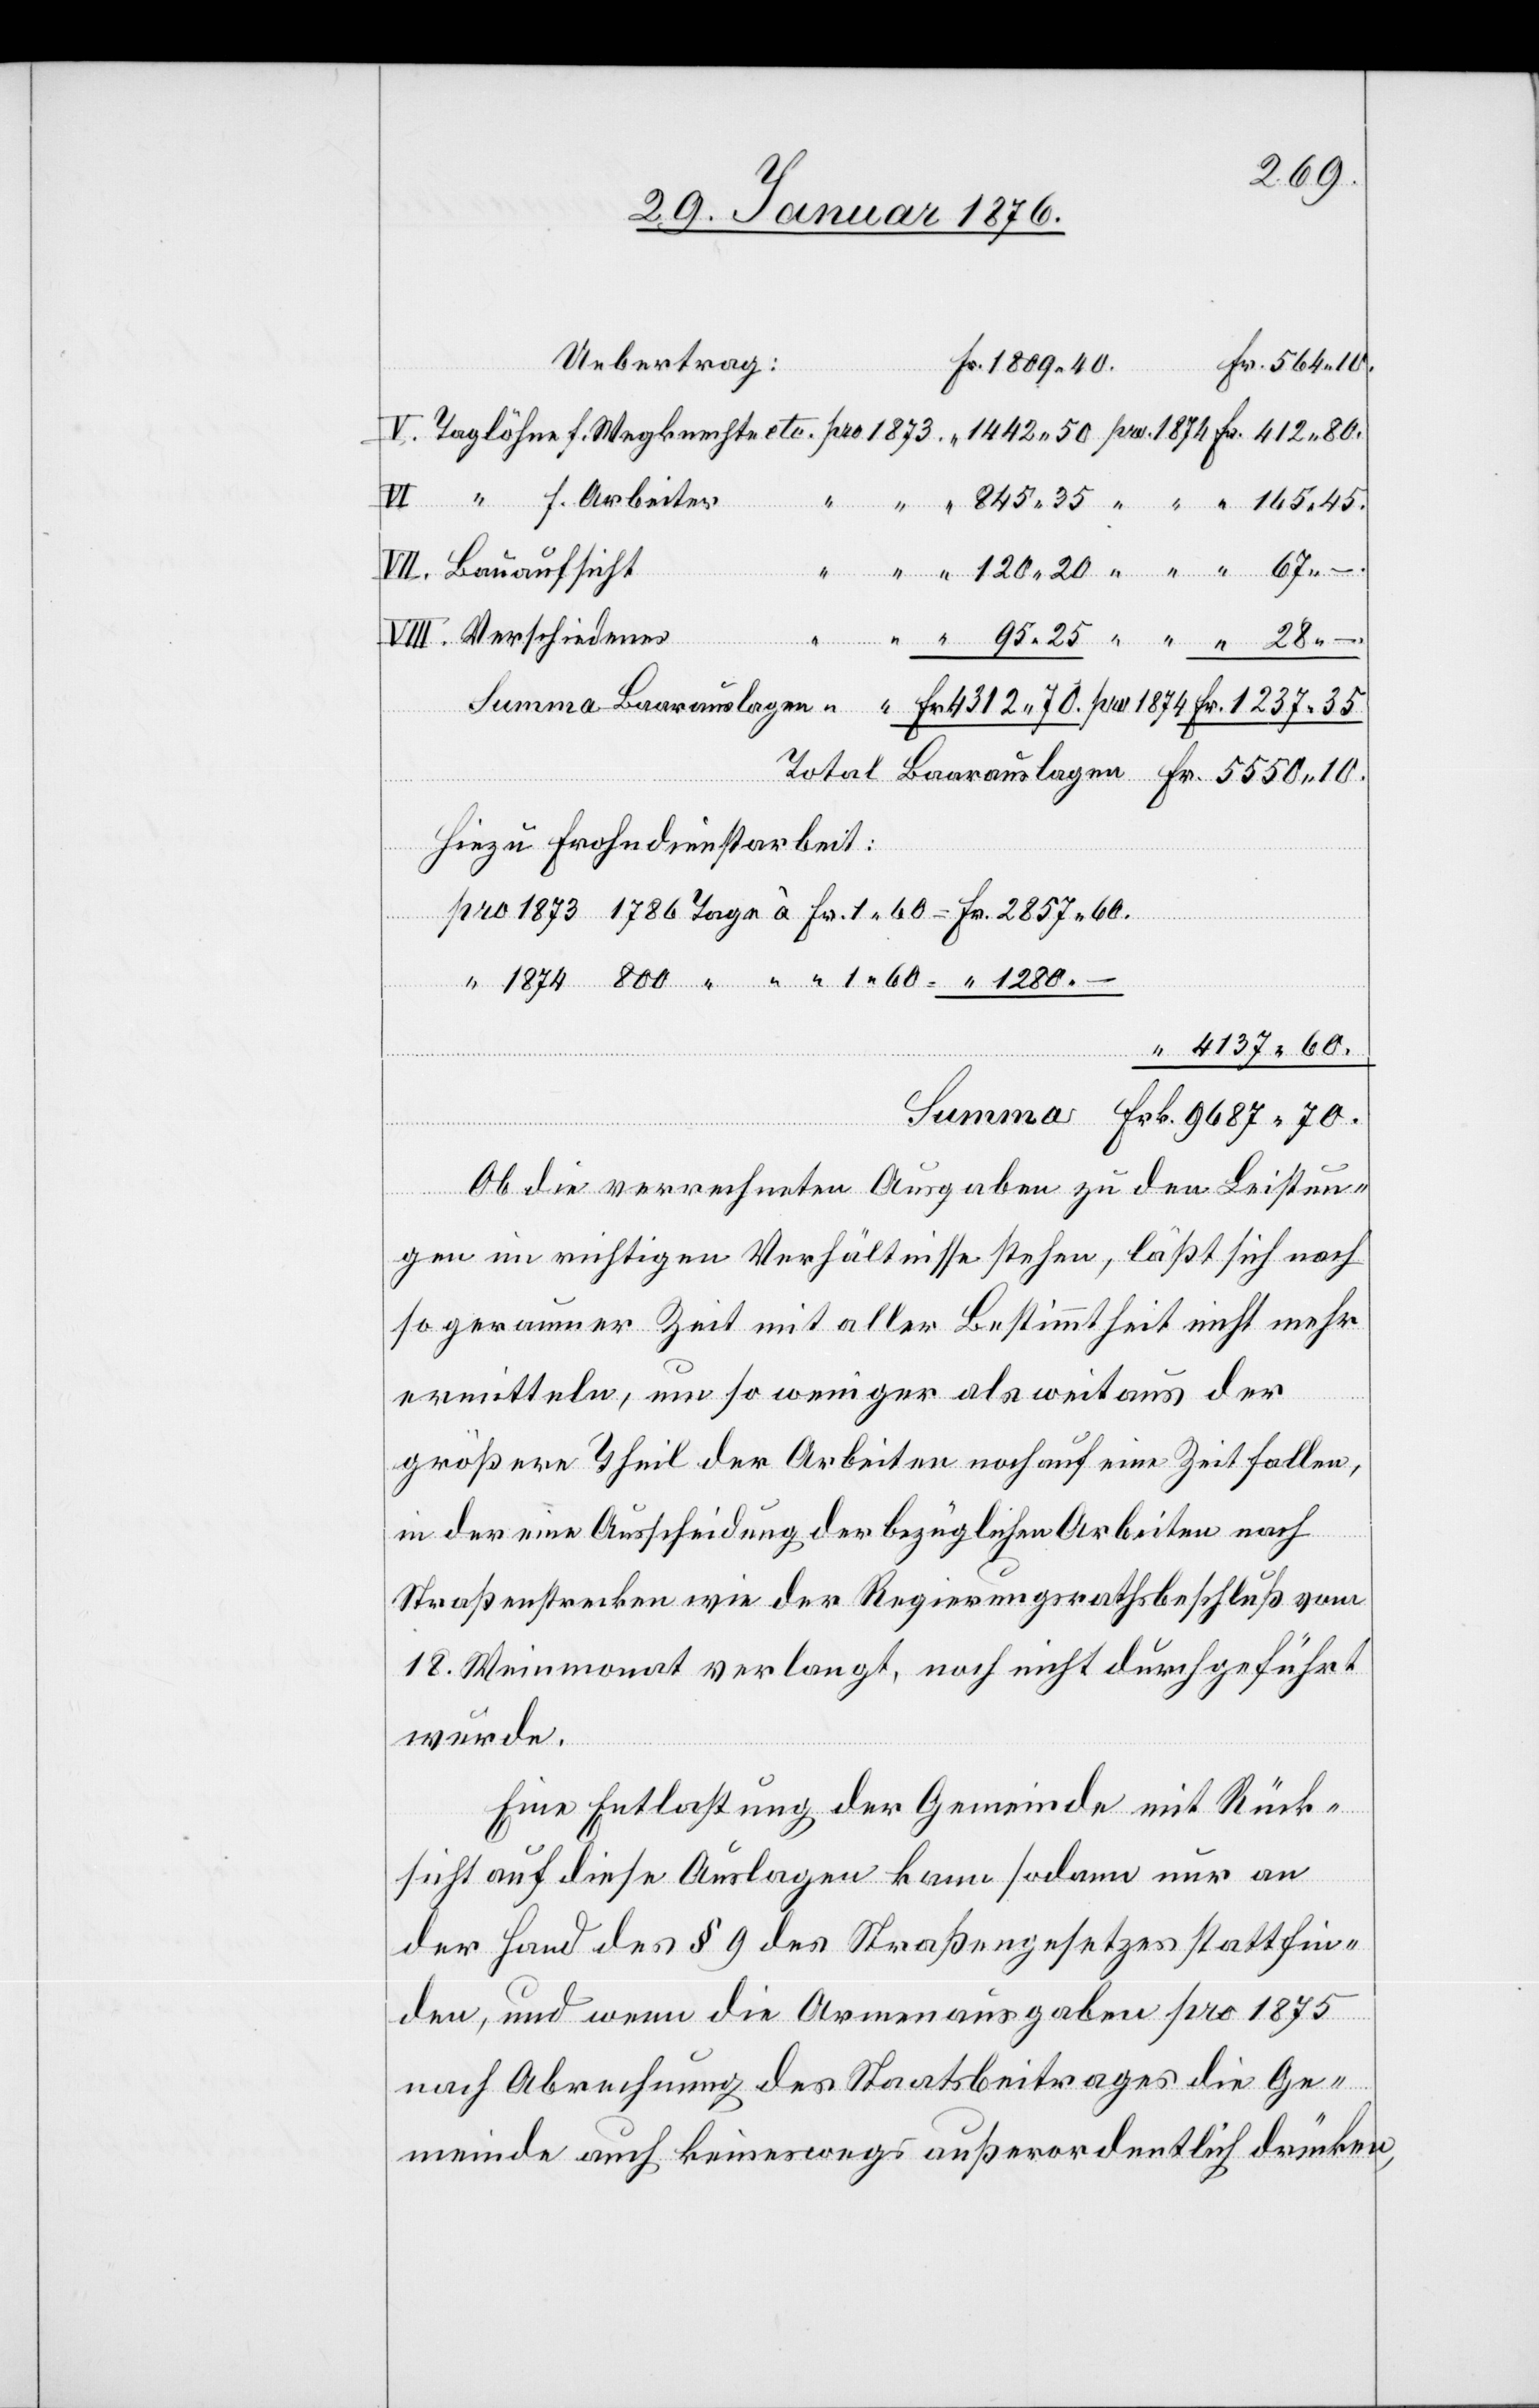
Tage
Bauaufsicht
Verschiedenes
Frk
f.
Hinzu Frohndienstarbeit:
4137.60.
Ob die verrechneten Ausgaben zu den Leistun¬
gen im richtigen Verhältnisse stehen, läßt sich nach
so geraumer Zeit mit aller Bestimmtheit nicht mehr
ermitteln, um so weniger als weitaus der
größere Theil der Arbeiten noch auf eine Zeit fallen,
in der eine Ausscheidung der bezüglichen Arbeiten nach
Straßenstrecken wie der Regierungsrathsbeschluß vom
18. Weinmonat verlangt, noch nicht durchgeführt
wurde.
Eine Entlastung der Gemeinde mit Rück¬
sicht auf diese Auslagen kann sodann nur an
der Hand des § 9 des Straßengesetzes stattfin¬
den, und wenn die Armenausgaben pro 1875
nach Abrechnung des Staatsbeitrages die Ge¬
meinde auch keineswegs außerordentlich drücken,